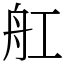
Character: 舡